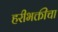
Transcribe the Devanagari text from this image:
हरीभक्तीचा